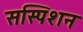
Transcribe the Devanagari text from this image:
सस्पिशन